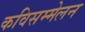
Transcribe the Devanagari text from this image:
कविसम्मेलन